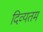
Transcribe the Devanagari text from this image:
दिव्यतम